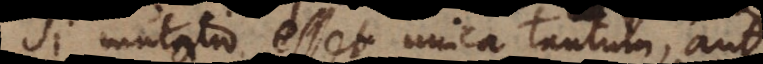
Si mutatio esset unica tantum, aut